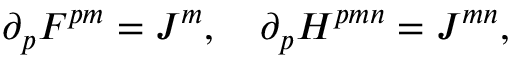
\partial _ { p } F ^ { p m } = J ^ { m } , \quad \partial _ { p } H ^ { p m n } = J ^ { m n } ,